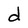
Character: d